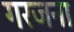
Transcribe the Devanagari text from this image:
गरजना